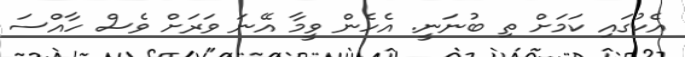
އެކުގައި ކަމަށް ތި ބުނަނީ. އެހެން ވީމާ އޭނަ ވަރަށް ވެސް ހާއްސަ